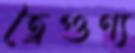
ত্রৈগুণ্য